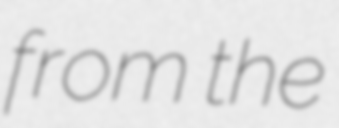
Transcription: from the